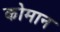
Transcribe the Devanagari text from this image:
कोमान